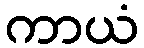
ကာယံ